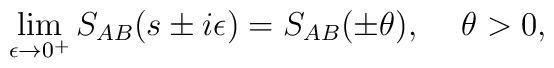
\lim_{\epsilon \rightarrow 0^+} S_{AB}(s \pm i\epsilon)=S_{AB}(\pm \theta), \,\,\,\,\,\,\,\theta>0,